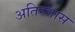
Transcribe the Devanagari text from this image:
अतिस्लास